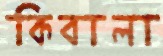
কিবালা